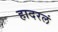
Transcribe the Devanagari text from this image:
हादरलं